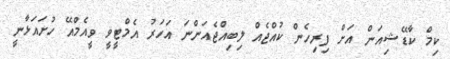
ކިމް ކާޑޭޝިއަން އަށް ފިރިހެން ކުއްޖެއް ލިބިއްޖެއަންނަ އަހަރު އެމްޓީވީ ވީއެމްއޭ ހުށައަޅާނީ